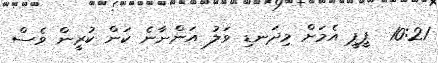
10:21  ޕީޕީ އެމަށް މިދަނޑި ވަލު އަންނާނެ ކަން ކުރީން ވެސް